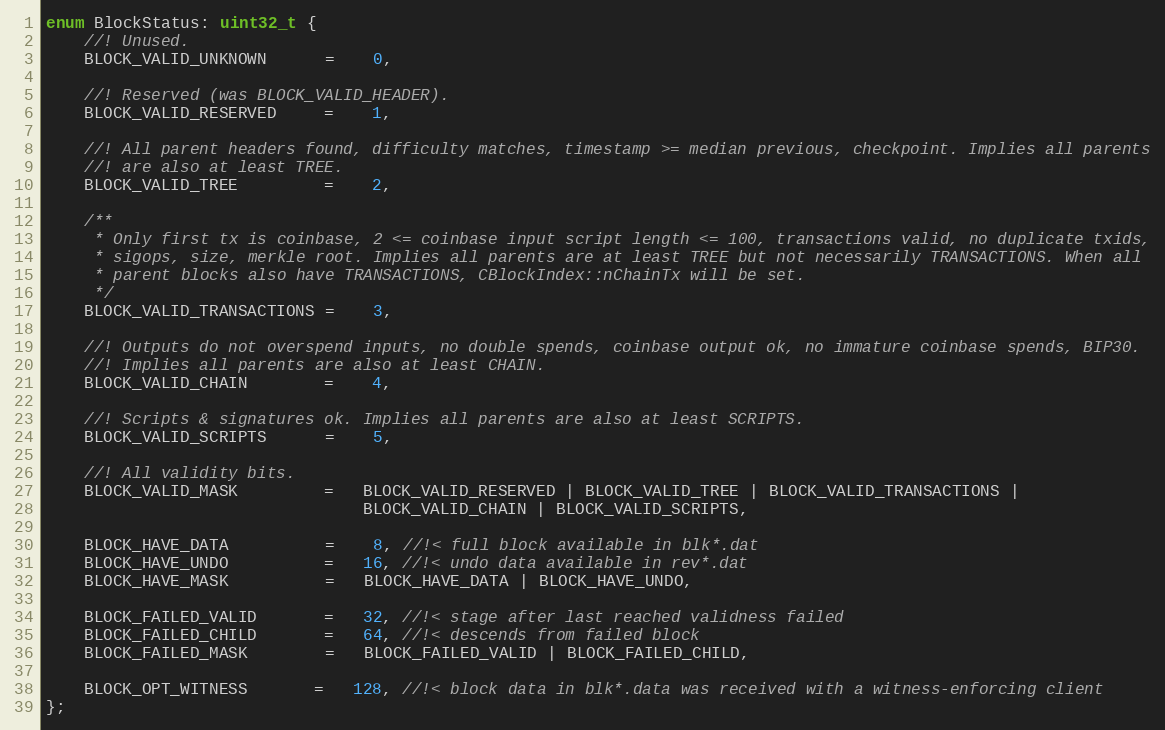
Language: C
enum BlockStatus: uint32_t {
    //! Unused.
    BLOCK_VALID_UNKNOWN      =    0,

    //! Reserved (was BLOCK_VALID_HEADER).
    BLOCK_VALID_RESERVED     =    1,

    //! All parent headers found, difficulty matches, timestamp >= median previous, checkpoint. Implies all parents
    //! are also at least TREE.
    BLOCK_VALID_TREE         =    2,

    /**
     * Only first tx is coinbase, 2 <= coinbase input script length <= 100, transactions valid, no duplicate txids,
     * sigops, size, merkle root. Implies all parents are at least TREE but not necessarily TRANSACTIONS. When all
     * parent blocks also have TRANSACTIONS, CBlockIndex::nChainTx will be set.
     */
    BLOCK_VALID_TRANSACTIONS =    3,

    //! Outputs do not overspend inputs, no double spends, coinbase output ok, no immature coinbase spends, BIP30.
    //! Implies all parents are also at least CHAIN.
    BLOCK_VALID_CHAIN        =    4,

    //! Scripts & signatures ok. Implies all parents are also at least SCRIPTS.
    BLOCK_VALID_SCRIPTS      =    5,

    //! All validity bits.
    BLOCK_VALID_MASK         =   BLOCK_VALID_RESERVED | BLOCK_VALID_TREE | BLOCK_VALID_TRANSACTIONS |
                                 BLOCK_VALID_CHAIN | BLOCK_VALID_SCRIPTS,

    BLOCK_HAVE_DATA          =    8, //!< full block available in blk*.dat
    BLOCK_HAVE_UNDO          =   16, //!< undo data available in rev*.dat
    BLOCK_HAVE_MASK          =   BLOCK_HAVE_DATA | BLOCK_HAVE_UNDO,

    BLOCK_FAILED_VALID       =   32, //!< stage after last reached validness failed
    BLOCK_FAILED_CHILD       =   64, //!< descends from failed block
    BLOCK_FAILED_MASK        =   BLOCK_FAILED_VALID | BLOCK_FAILED_CHILD,

    BLOCK_OPT_WITNESS       =   128, //!< block data in blk*.data was received with a witness-enforcing client
};